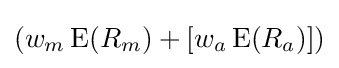
(w_{m}\operatorname {E} (R_{m})+[w_{a}\operatorname {E} (R_{a})])